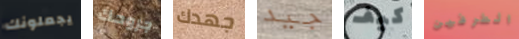
يجعلونك جروحك جهدك جيد كيف الطرفين